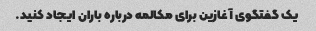
یک گفتگوی آغازین برای مکالمه درباره باران ایجاد کنید.